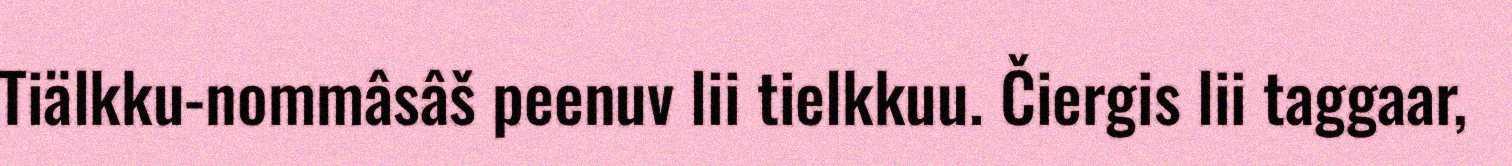
Tiälkku-nommâsâš peenuv lii tielkkuu. Čiergis lii taggaar,